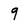
Character: 9